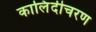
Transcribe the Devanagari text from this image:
कालिंदीचरण